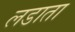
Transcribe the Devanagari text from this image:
लडाता